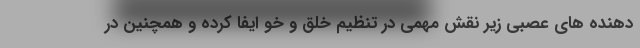
دهنده های عصبی زیر نقش مهمی در تنظیم خلق و خو ایفا کرده و همچنین در